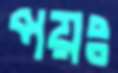
পয়ঃ